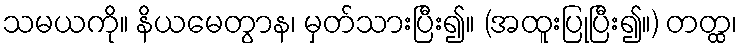
သမယကို။ နိယမေတွာန၊ မှတ်သားပြီး၍။ (အထူးပြုပြီး၍။) တတ္ထ၊